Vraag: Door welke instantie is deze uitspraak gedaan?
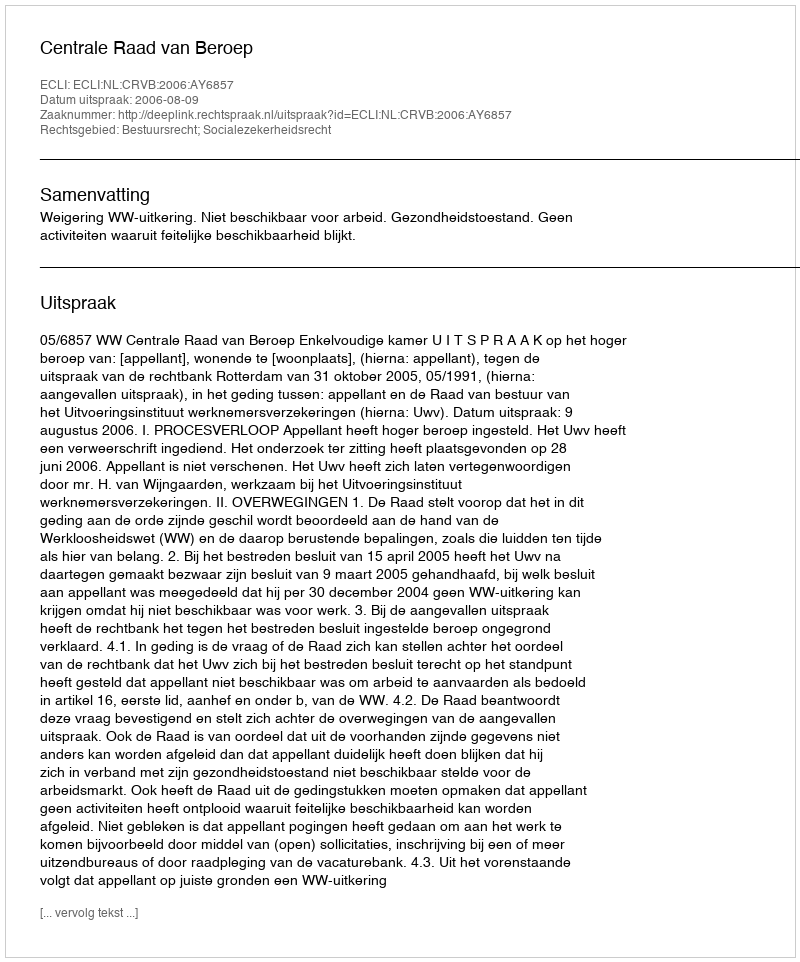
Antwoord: Centrale Raad van Beroep